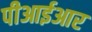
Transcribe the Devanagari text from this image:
पीआईआर